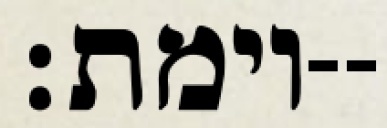
וימת׃--